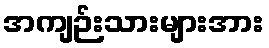
အကျဉ်းသားများအား